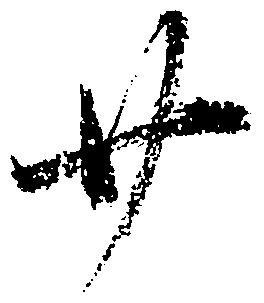
廿